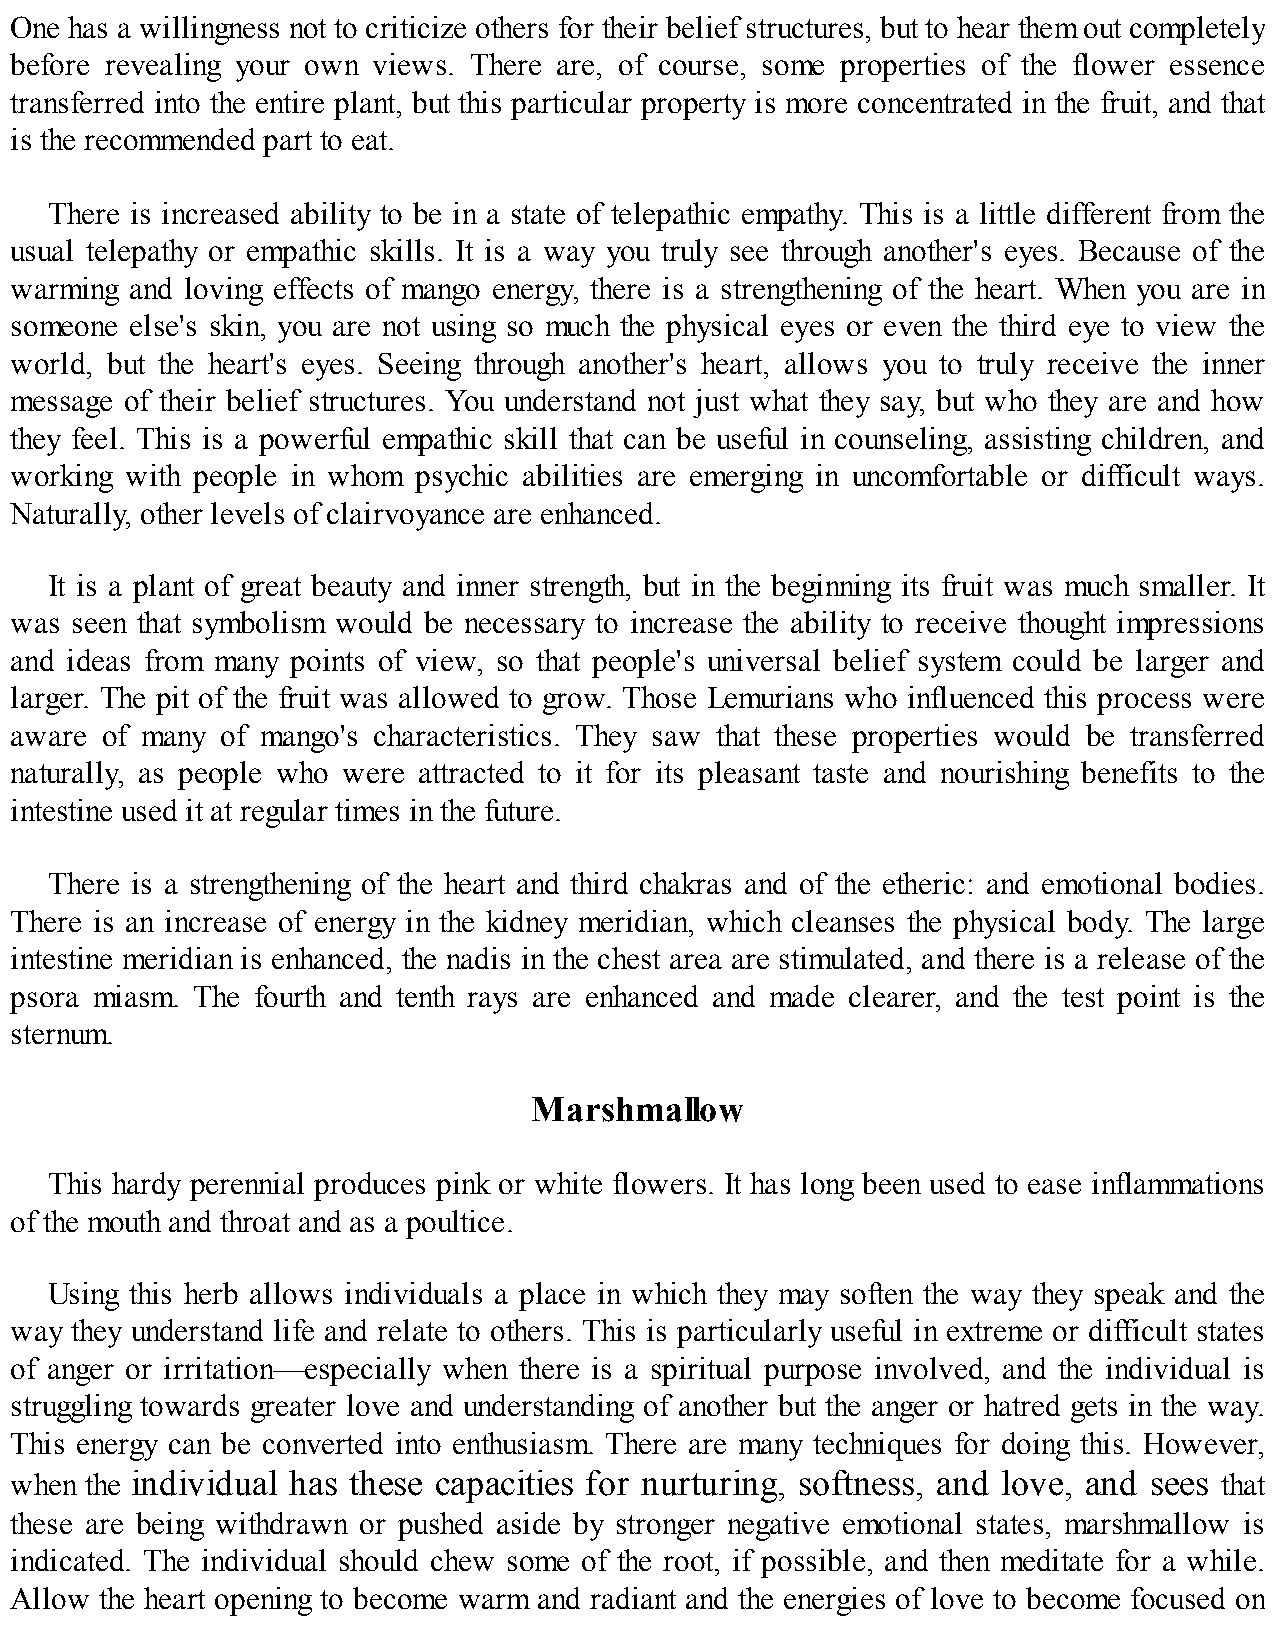
One has a willingness not to criticize others for their belief structures, but to hear them out completely
 before revealing your own views. There are, of course, some properties of the flower essence
 transferred into the entire plant, but this particular property is more concentrated in the fruit, and that
 is the recommended part to eat.
 There is increased ability to be in a state of telepathic empathy. This is a little different from the
 usual telepathy or empathic skills. It is a way you truly see through another's eyes. Because of the
 warming and loving effects of mango energy, there is a strengthening of the heart. When you are in
 someone else's skin, you are not using so much the physical eyes or even the third eye to view the
 world, but the heart's eyes. Seeing through another's heart, allows you to truly receive the inner
 message of their belief structures. You understand not just what they say, but who they are and how
 they feel. This is a powerful empathic skill that can be useful in counseling, assisting children, and
 working with people in whom psychic abilities are emerging in uncomfortable or difficult ways.
 Naturally, other levels of clairvoyance are enhanced.
 It is a plant of great beauty and inner strength, but in the beginning its fruit was much smaller. It
 was seen that symbolism would be necessary to increase the ability to receive thought impressions
 and ideas from many points of view, so that people's universal belief system could be larger and
 larger. The pit of the fruit was allowed to grow. Those Lemurians who influenced this process were
 aware of many of mango's characteristics. They saw that these properties would be transferred
 naturally, as people who were attracted to it for its pleasant taste and nourishing benefits to the
 intestine used it at regular times in the future.
 There is a strengthening of the heart and third chakras and of the etheric: and emotional bodies.
 There is an increase of energy in the kidney meridian, which cleanses the physical body. The large
 intestine meridian is enhanced, the nadis in the chest area are stimulated, and there is a release of the
 psora miasm. The fourth and tenth rays are enhanced and made clearer, and the test point is the
 sternum.
 Marshmallow
 This hardy perennial produces pink or white flowers. It has long been used to ease inflammations
 of the mouth and throat and as a poultice.
 Using this herb allows individuals a place in which they may soften the way they speak and the
 way they understand life and relate to others. This is particularly useful in extreme or difficult states
 of anger or irritation—especially when there is a spiritual purpose involved, and the individual is
 struggling towards greater love and understanding of another but the anger or hatred gets in the way.
 This energy can be converted into enthusiasm. There are many techniques for doing this. However,
 when the individual has these capacities for nurturing, softness, and love, and sees that
 these are being withdrawn or pushed aside by stronger negative emotional states, marshmallow is
 indicated. The individual should chew some of the root, if possible, and then meditate for a while.
 Allow the heart opening to become warm and radiant and the energies of love to become focused on